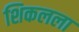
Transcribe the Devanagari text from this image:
शिकलला